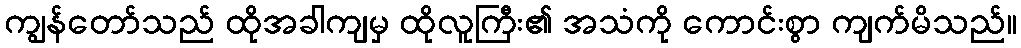
ကျွန်တော်သည် ထိုအခါကျမှ ထိုလူကြီး၏ အသံကို ကောင်းစွာ ကျက်မိသည်။